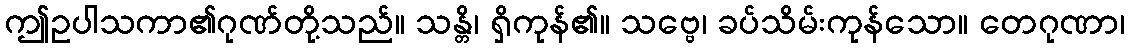
ဤဥပါသကာ၏ဂုဏ်တို့သည်။ သန္တိ၊ ရှိကုန်၏။ သဗ္ဗေ၊ ခပ်သိမ်းကုန်သော။ တေဂုဏာ၊